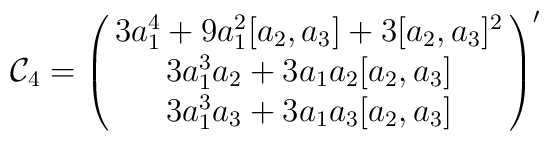
{\cal C}_4=\pmatrix{3a_1^4+9a_1^2[a_2,a_3]+3[a_2,a_3]^2\cr3a_1^3a_2+3a_1a_2[a_2,a_3] \cr3a_1^3a_3+3a_1a_3[a_2,a_3]}'